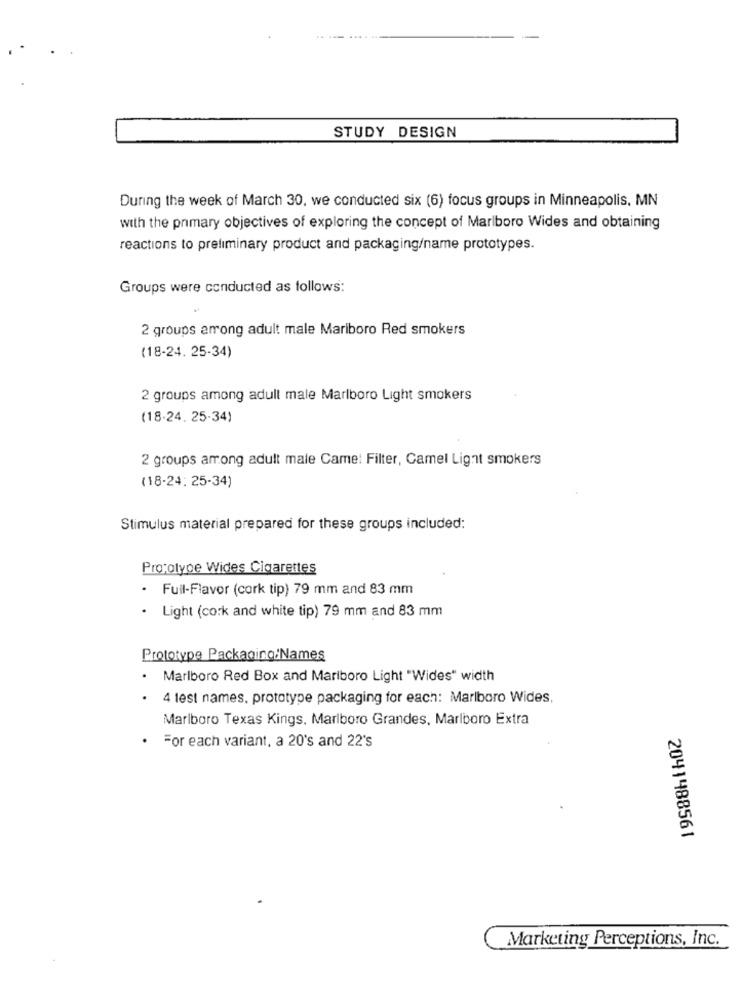
STUDY DESIGN
During the week of March 30, we conducted six (6) focus groups in Minneapolis, MN
with the primary objectives of exploring the concept of Marlboro Wides and obtaining
reactions to preliminary product and packaging/name prototypes.
Groups were conducted as follows:
2 groups among adult male Mariboro Red smokers
(18-24. 25-34)
2 groups among adult male Marlboro Light smokers
(18-24. 25-34)
2 groups among adult male Came: Filter, Camel Light smokers
(18-24: 25-34)
Stimulus material prepared for these groups included:
Prototype Wides Cigarettes
. Full-Flavor (cork tip) 79 mm and 83 mm
· Light (cork and white tip) 79 mm and 83 mm
Prototype Packaging/Names
. Marlboro Red Box and Marlboro Light "Wides" width
4 lest names. prototype packaging for each: Marlboro Wides,
Marlboro Texas Kings. Marlboro Grandes, Marlboro Extra
For each variant, a 20's and 22's
2041488561
Marketing Perceptions, Inc.